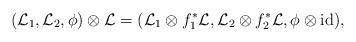
LaTeX: \begin{align*}(\mathcal{L}_1,\mathcal{L}_2,\phi) \otimes \mathcal{L} = (\mathcal{L}_1 \otimes f_1^*\mathcal{L} ,\mathcal{L}_2 \otimes f_2^*\mathcal{L} ,\phi \otimes \mathrm{id} ),\end{align*}